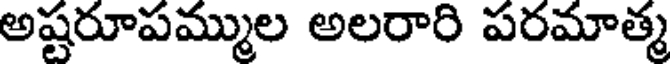
అష్టరూపమ్ముల అలరారి పరమాత్మ